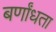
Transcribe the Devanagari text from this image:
बर्णांधता